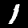
Label: 1